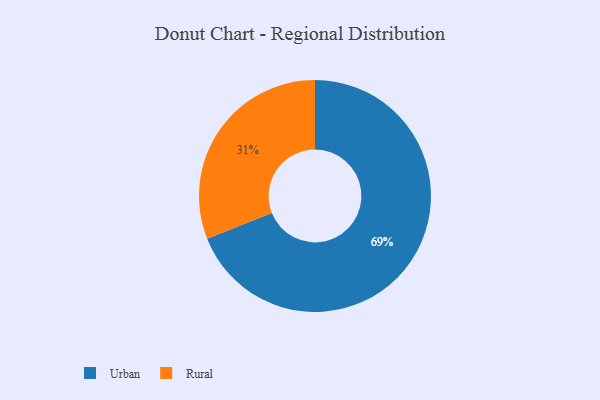
{"axis": {"x": "Category", "y": "Percentage"}, "legend": ["Rural", "Urban"], "data": [{"x": "Urban", "y": 69, "type": "Urban"}, {"x": "Rural", "y": 31, "type": "Rural"}]}